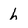
Character: h